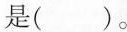
是( )。